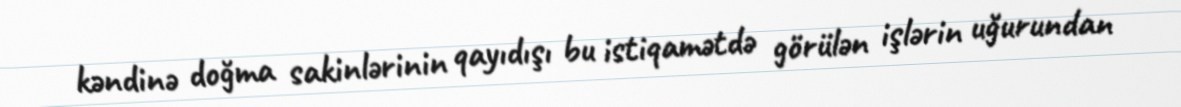
kəndinə doğma sakinlərinin qayıdışı bu istiqamətdə görülən işlərin uğurundan